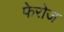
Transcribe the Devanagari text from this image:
फेरोज